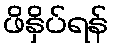
ဖိနှိပ်ရန်